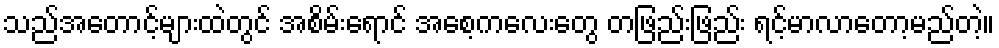
သည်အတောင့်များထဲတွင် အစိမ်းရောင် အစေ့ကလေးတွေ တဖြည်းဖြည်း ရင့်မာလာတော့မည်တဲ့။